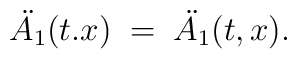
\ddot{ A_1}(t.x) \;=\;\ddot{ A_1}(t,x) .